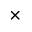
\times